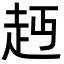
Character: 䞛